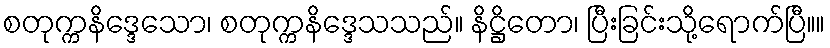
စတုက္ကနိဒ္ဒေသော၊ စတုက္ကနိဒ္ဒေသသည်။ နိဋ္ဌိတော၊ ပြီးခြင်းသို့ရောက်ပြီ။။